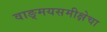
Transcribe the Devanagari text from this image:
वाङ्‌मयसमीक्षेचा